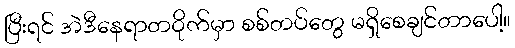
ပြီးရင် အဲဒီနေရာတဝိုက်မှာ စစ်တပ်တွေ မရှိစေချင်တာပေါ့။